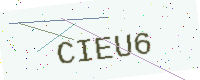
Text: CIEU6